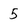
Character: 5